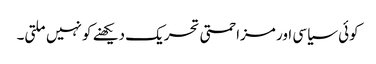
کوئی سیاسی اور مزاحمتی تحریک دیکھنے کو نہیں ملتی۔